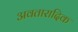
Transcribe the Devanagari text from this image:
अवतारादिक